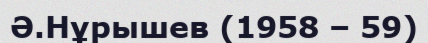
Ә.Нұрышев (1958 – 59)